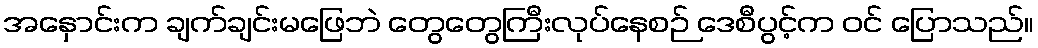
အနှောင်းက ချက်ချင်းမဖြေဘဲ တွေတွေကြီးလုပ်နေစဉ် ဒေစီပွင့်က ဝင် ပြောသည်။